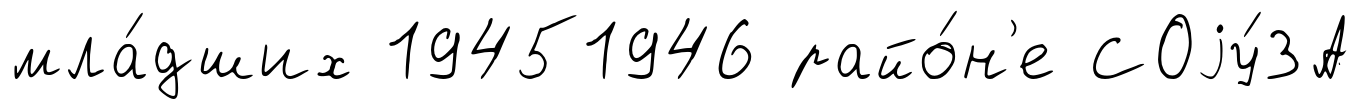
мла́дших 19451946 райо́н'е СОjу́ЗА